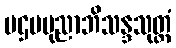
ပဌမပုညာဘိသန္ဒသုတ္တံ